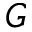
G